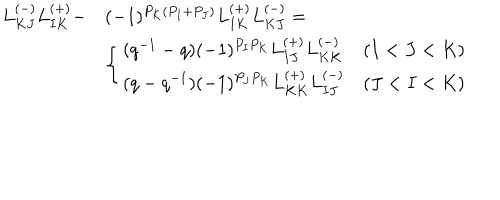
LaTeX: \begin{array} { l l } { { L _ { K J } ^ { ( - ) } L _ { I K } ^ { ( + ) } - } } & { { ( - 1 ) ^ { P _ { K } ( P _ { I } + P _ { J } ) } L _ { I K } ^ { ( + ) } L _ { K J } ^ { ( - ) } = } } \\ { { } } & { { \left\{ \begin{array} { l l } { { ( q ^ { - 1 } - q ) ( - 1 ) ^ { P _ { I } P _ { K } } L _ { I J } ^ { ( + ) } L _ { K K } ^ { ( - ) } } } & { { ( I < J < K ) } } \\ { { ( q - q ^ { - 1 } ) ( - 1 ) ^ { P _ { J } P _ { K } } L _ { K K } ^ { ( + ) } L _ { I J } ^ { ( - ) } } } & { { ( J < I < K ) } } \\ \end{array} \right. } } \\ \end{array}